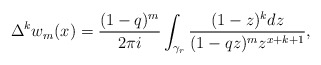
\begin{align*}\Delta^kw_m(x)=\frac{(1-q)^m}{2\pi i}\int_{\gamma_r}\frac{(1-z)^kdz}{(1-qz)^mz^{x+k+1}},\end{align*}